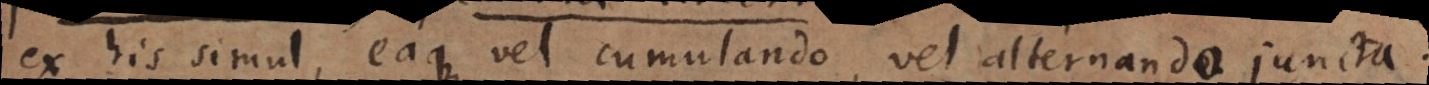
ex his simul, eaque vel cumulando, vel alternando juncta.